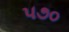
૫૭૦